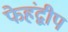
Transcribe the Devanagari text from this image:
फेहंद्वीप